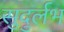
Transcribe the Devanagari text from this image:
सुदुर्लभ